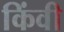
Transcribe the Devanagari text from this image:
किंवी